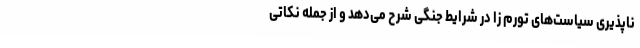
ناپذیری سیاست‌های تورم زا در شرایط جنگی شرح می‌دهد و از جمله نکاتی